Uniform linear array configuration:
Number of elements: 48
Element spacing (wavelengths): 1
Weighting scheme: cosine
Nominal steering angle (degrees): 0
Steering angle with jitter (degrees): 1.211
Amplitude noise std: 0.05
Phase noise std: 0.05

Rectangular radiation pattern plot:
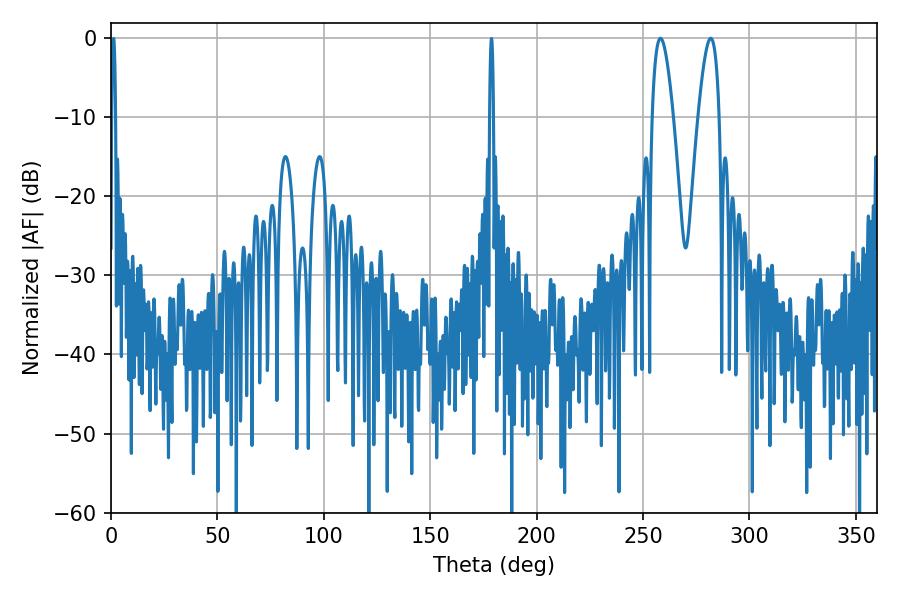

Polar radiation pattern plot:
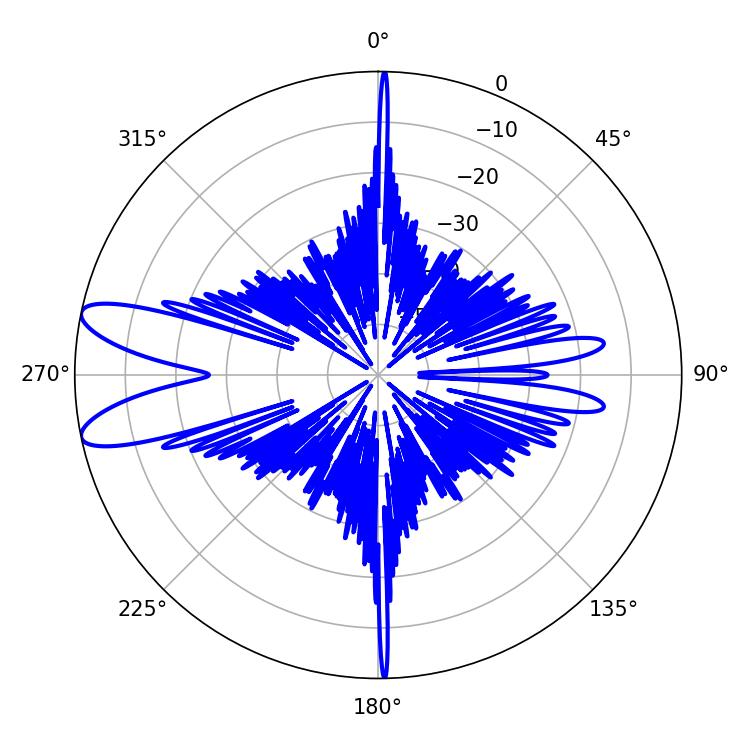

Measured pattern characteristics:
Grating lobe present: TRUE
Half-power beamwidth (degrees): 5.4
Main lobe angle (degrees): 258.12